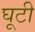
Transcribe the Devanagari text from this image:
घूटी